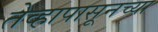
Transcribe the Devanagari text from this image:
तेव्हापासूनच्या